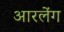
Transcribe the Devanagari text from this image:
आरलेंग